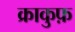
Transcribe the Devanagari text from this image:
क्राकुफ़